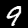
Label: 9